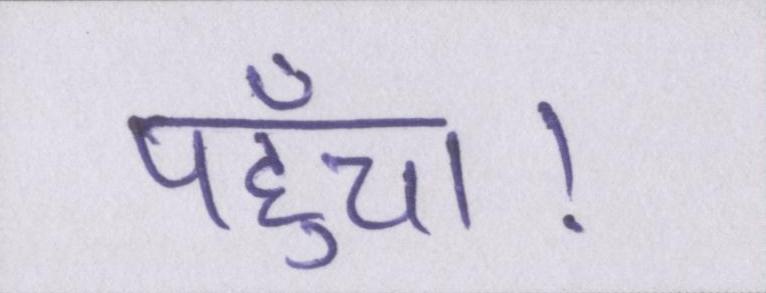
पहुँचा।